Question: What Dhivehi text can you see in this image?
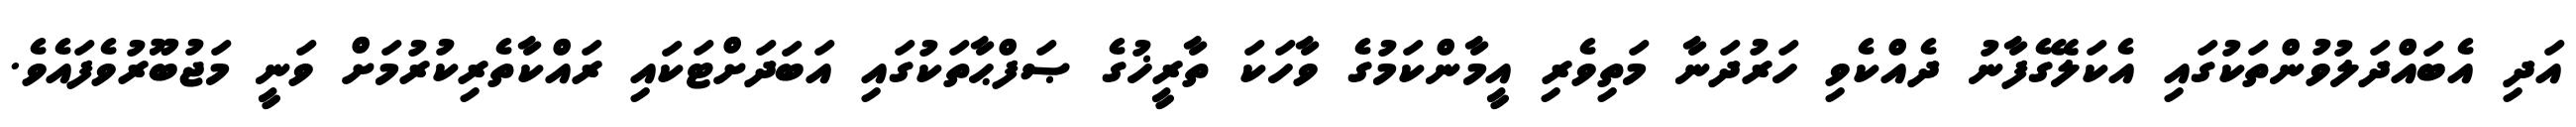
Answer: އަދި އެބައްދަލުވުންތަކުގައި އެކަލޭގެފާނު ދެއްކެވި ހަރުދަނާ މަތިވެރި އީމާންކަމުގެ ވާހަކަ ތާރީޚުގެ ޞަފްޙާތަކުގައި އަބަދަށްޓަކައި ރައްކާތެރިކުރުމަށް ވަނީ މަޖުބޫރުވެފައެވެ.